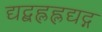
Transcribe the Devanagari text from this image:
द्यद्बह्लह्लद्यद्ग